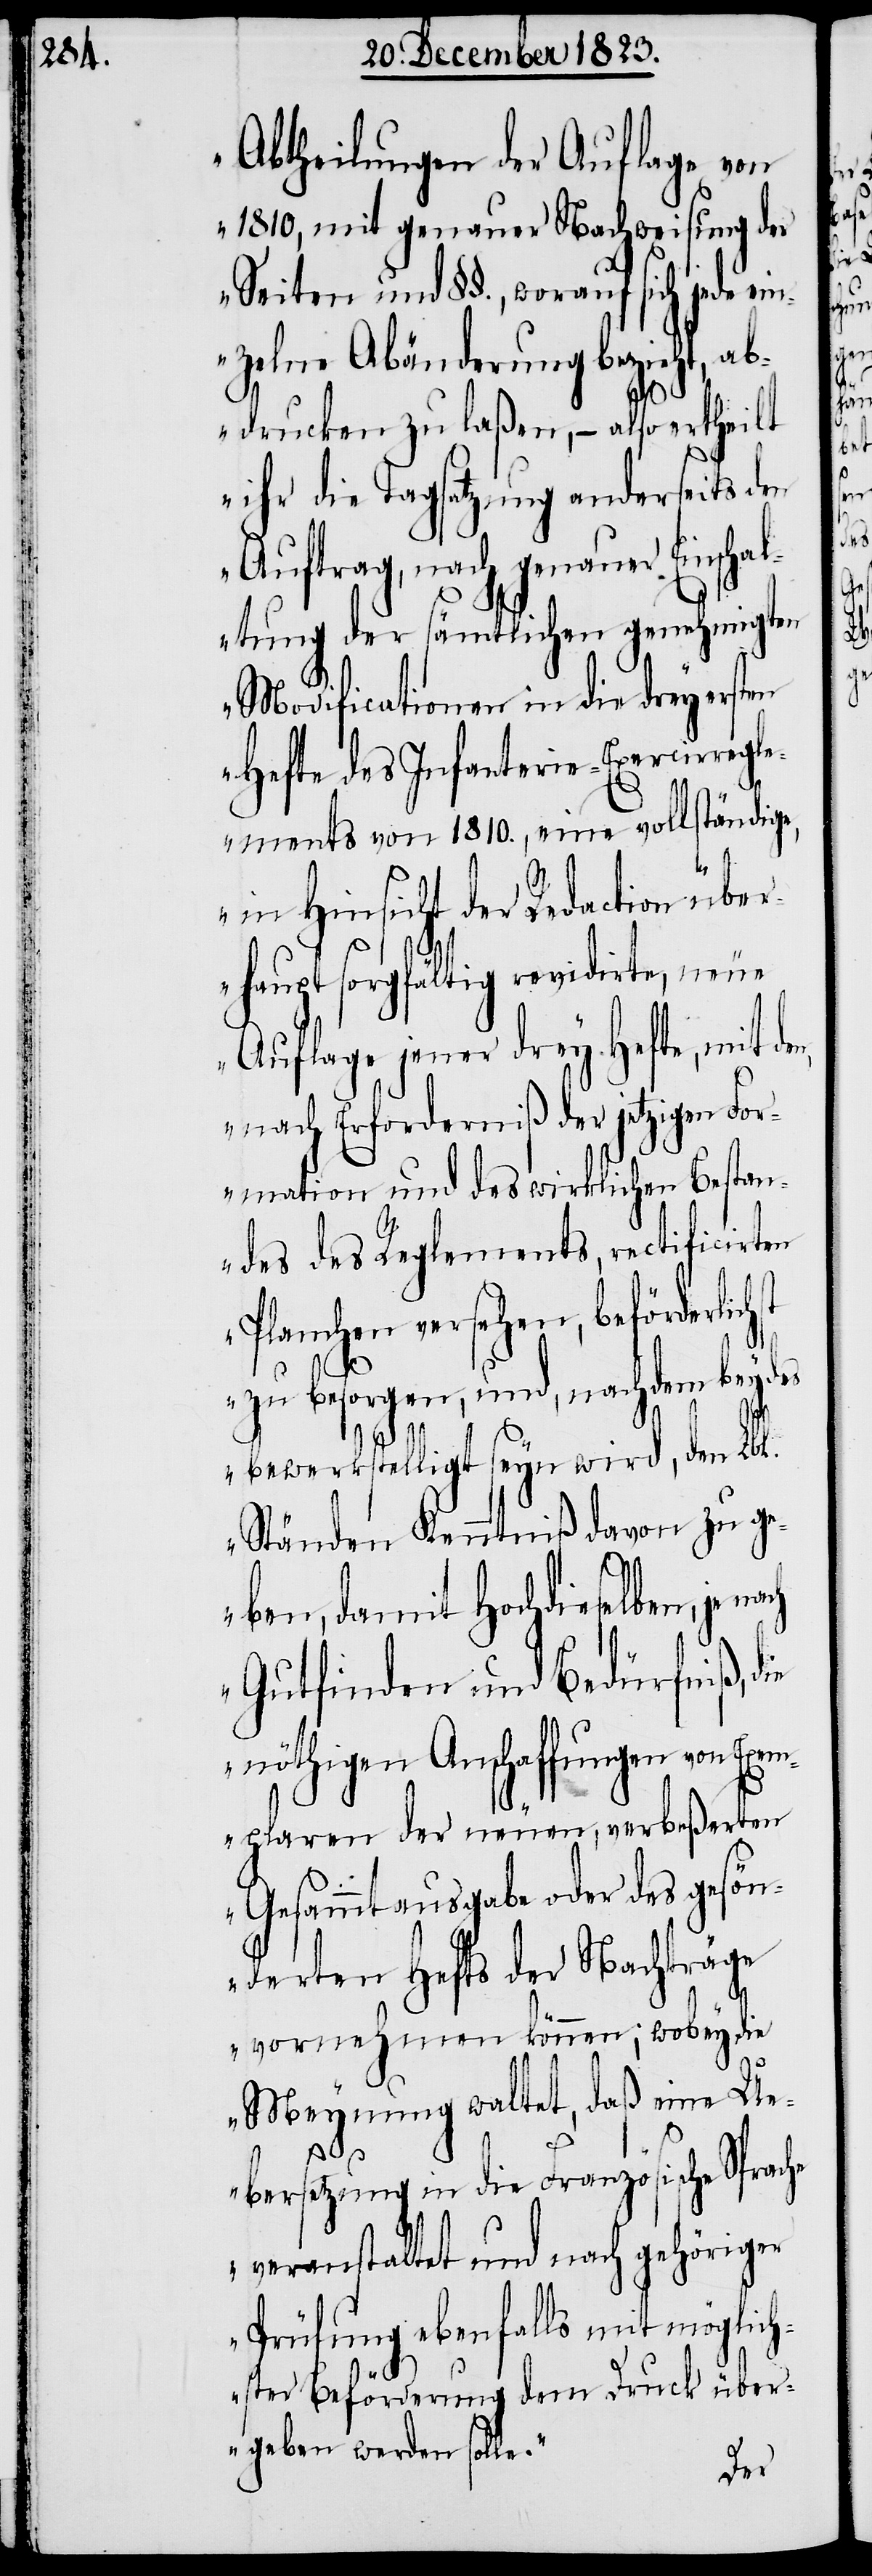
Abtheilungen der Auflage von
1810, mit genauer Nachweisung der
Seiten und §§., worauf sich jede ein¬
zelne Abänderung bezieht, ab¬
drucken zu laßen, − also ertheilt
ihr die Tagsatzung anderseits den
Auftrag, nach genauer Einschal¬
tung der sämtlichen genehmigten
Modificationen in die drey ersten
Hefte des Infanterie-Exercirregle¬
ments von 1810., eine vollständige,
n,
in Hinsicht der Redaction über¬
haupt sorgfältig revidirte, neue
Auflage jener drey Hefte, mit de¬
nach Erforderniß der jetzigen For¬
mation und des wirklichen Bestan¬
des des Reglements, rectificirten
Planchen versehen, beförderlichst
zu besorgen, und, nachdem beydes
bewerkstelligt seyn wird, den Lbl.
Ständen Kenntniß davon zu g¬
eben, damit Hochdieselben,
Gutfinden und Bedürfniß, die
nöthigen Anschaffungen von Exe¬
mplaren der neuen, verbeßerten
Gesammtausgabe oder des gesön¬
derten Hefts der Nachträge
vornehmen könne; wobey die
Meynung waltet, daß eine Ue¬
bersetzung in die Französische Sprache
veranstaltet und nach gehöriger
Prüfung ebenfalls mit möglich¬
ster Beförderung dem Druck über¬
geben werden solle.“